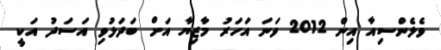
ވެލެންސިއާ އިން 2012 ވަނަ އަހަރު މާޒިޔާ އަށް ބަދަލުވި އަސަދު އަކީ